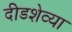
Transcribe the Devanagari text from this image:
दीडशेव्या